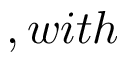
, w i t h